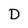
Character: D